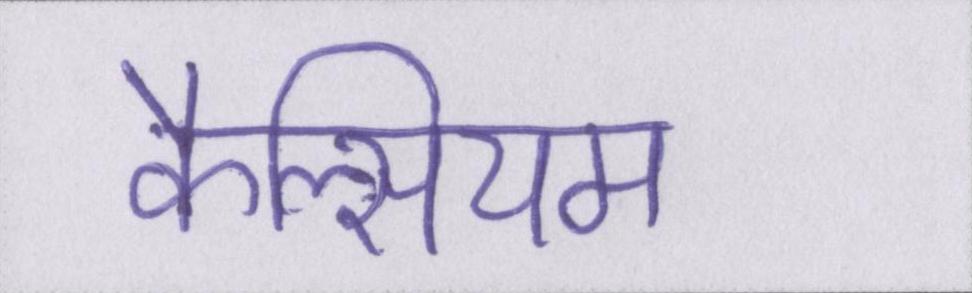
कैल्सियम